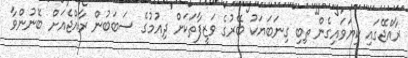
ރާއްޖޭގައި ކިޔަވައިގެން ތިބި ގިނަބަޔަކު ބޭރުގެ ވަޒީފާތަކަށް ދިއުމުގެ ސަބަބުން ރާއްޖެއަށް ބޭނުންވާ